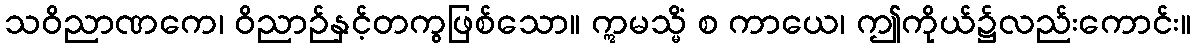
သဝိညာဏကေ၊ ဝိညာဉ်နှင့်တကွဖြစ်သော။ ဣမသ္မိံ စ ကာယေ၊ ဤကိုယ်၌လည်းကောင်း။